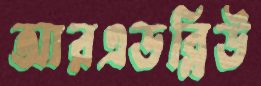
আরএডব্লিউ